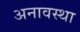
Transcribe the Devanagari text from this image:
अनावस्था